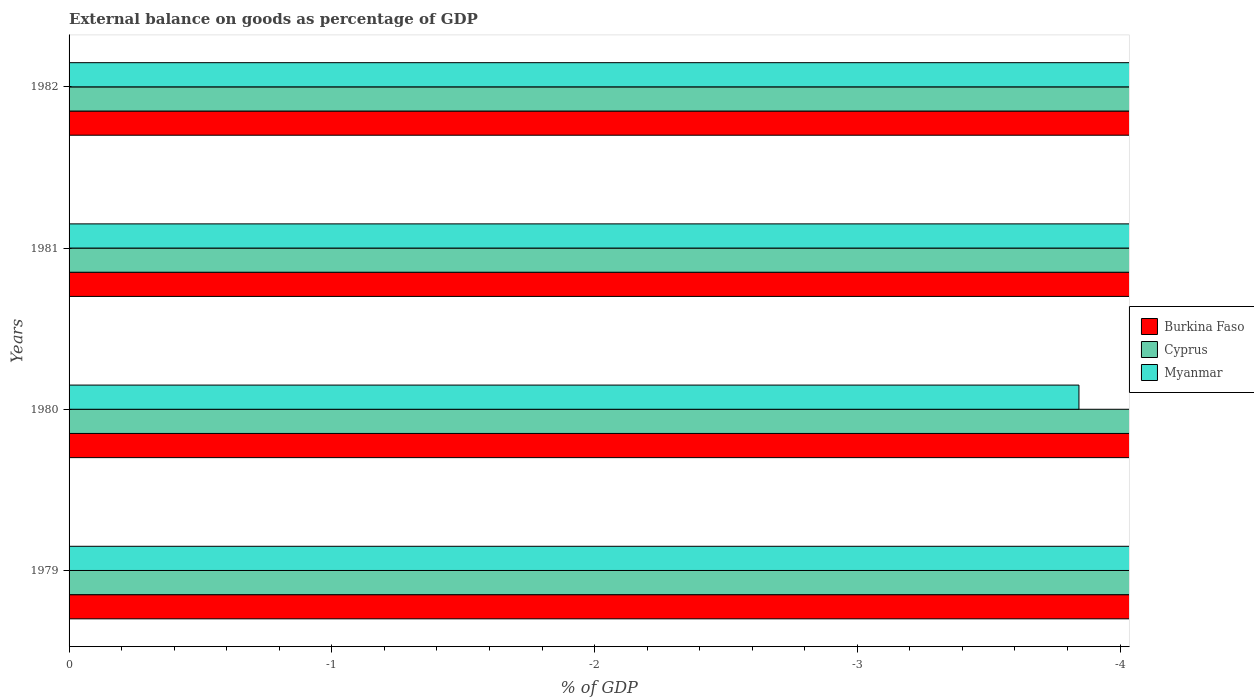
| Years | Burkina Faso | Cyprus | Myanmar |
 | --- | --- | --- | --- |
 | 1979 | -21 | -19.1 | -4.83 |
 | 1980 | -22.3 | -17.8 | -3.84 |
 | 1981 | -22.2 | -13.1 | -6.29 |
 | 1982 | -23.4 | -13.3 | -8.72 |